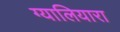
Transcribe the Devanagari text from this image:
ग्यालियारा